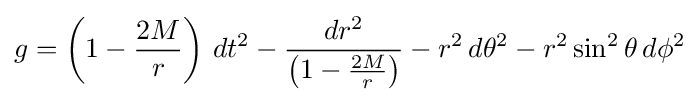
g=\left(1-{\frac {2M}{r}}\right)\,dt^{2}-{\frac {dr^{2}}{\left(1-{\frac {2M}{r}}\right)}}-r^{2}\,d\theta ^{2}-r^{2}\sin ^{2}\theta \,d\phi ^{2}